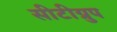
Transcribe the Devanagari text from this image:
सीटीग्रुप